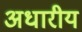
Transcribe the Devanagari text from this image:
अधारीय